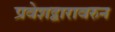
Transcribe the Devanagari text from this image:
प्रवेशद्वारावरुन